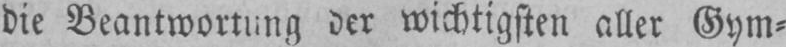
wichtigsten aller Gym⸗